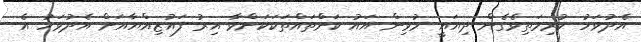
އެދުވަހު ކުރިމަތިވެގެން ދިޔައީ މުޅިން އައު ކަންްތައްތަކަކަށްވާ އިރު ފައުޒިއްޔާއަށް އެދުވަހު އެ